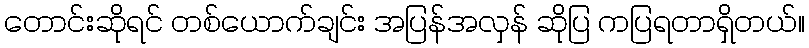
တောင်းဆိုရင် တစ်ယောက်ချင်း အပြန်အလှန် ဆိုပြ ကပြရတာရှိတယ်။